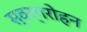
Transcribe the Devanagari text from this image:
स्वर्गरोहन